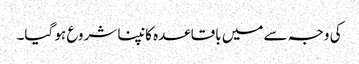
کی وجہ سے میں باقاعدہ کانپنا شروع ہو گیا۔